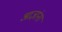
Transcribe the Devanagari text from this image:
आज्ञांना